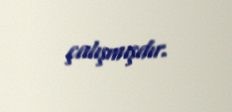
çalışmışdır.